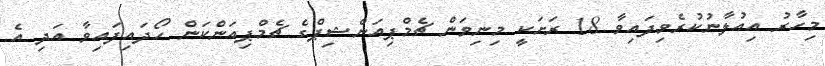
މިހާރު އިއުލާނުކުރެވިފައިވާ 18 ރަށަކީ މިނިވަން ޗެމްޕިއަންޝިޕްގެ ޗެމްޕިއަންކަން ހޯދައިފައިވާ އަދި އެ